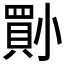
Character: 𡮨